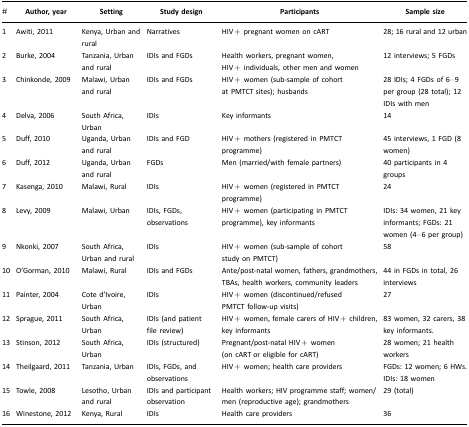
<table><thead><tr><td><b>#</b></td><td><b>Author, year</b></td><td><b>Setting</b></td><td><b>Study design</b></td><td><b>Participants</b></td><td><b>Sample size</b></td></tr></thead><tbody><tr><td>1</td><td>Awiti, 2011</td><td>Kenya, Urban and rural</td><td>Narratives</td><td>HIV+ pregnant women on cART</td><td>28; 16 rural and 12 urban</td></tr><tr><td>2</td><td>Burke, 2004</td><td>Tanzania, Urban and rural</td><td>IDIs and FGDs</td><td>Health workers, pregnant women, HIV+ individuals, other men and women</td><td>12 interviews; 5 FGDs</td></tr><tr><td>3</td><td>Chinkonde, 2009</td><td>Malawi, Urban and rural</td><td>IDIs and FGDs</td><td>HIV+ women (sub-sample of cohort at PMTCT sites); husbands</td><td>28 IDIs; 4 FGDs of 6–9 per group (28 total); 12 IDIs with men</td></tr><tr><td>4</td><td>Delva, 2006</td><td>South Africa, Urban</td><td>IDIs</td><td>Key informants</td><td>14</td></tr><tr><td>5</td><td>Duff, 2010</td><td>Uganda, Urban and rural</td><td>IDIs and FGD</td><td>HIV+ mothers (registered in PMTCT programme)</td><td>45 interviews, 1 FGD (8 women)</td></tr><tr><td>6</td><td>Duff, 2012</td><td>Uganda, Urban and rural</td><td>FGDs</td><td>Men (married/with female partners)</td><td>40 participants in 4 groups</td></tr><tr><td>7</td><td>Kasenga, 2010</td><td>Malawi, Rural</td><td>IDIs</td><td>HIV+ women (registered in PMTCT programme)</td><td>24</td></tr><tr><td>8</td><td>Levy, 2009</td><td>Malawi, Urban</td><td>IDIs, FGDs, observations</td><td>HIV+ women (participating in PMTCT programme), key informants</td><td>IDIs: 34 women, 21 key informants; FGDs: 21 women (4–6 per group)</td></tr><tr><td>9</td><td>Nkonki, 2007</td><td>South Africa, Urban and rural</td><td>IDIs</td><td>HIV+ women (sub-sample of cohort study on PMTCT)</td><td>58</td></tr><tr><td>10</td><td>O&#x27;Gorman, 2010</td><td>Malawi, Rural</td><td>IDIs and FGDs</td><td>Ante/post-natal women, fathers, grandmothers, TBAs, health workers, community leaders</td><td>44 in FGDs in total, 26 interviews</td></tr><tr><td>11</td><td>Painter, 2004</td><td>Cote d&#x27;Ivoire, Urban</td><td>IDIs</td><td>HIV+ women (discontinued/refused PMTCT follow-up visits)</td><td>27</td></tr><tr><td>12</td><td>Sprague, 2011</td><td>South Africa, Urban</td><td>IDIs (and patient file review)</td><td>HIV+ women, female carers of HIV+ children, key informants</td><td>83 women, 32 carers, 38 key informants.</td></tr><tr><td>13</td><td>Stinson, 2012</td><td>South Africa, Urban</td><td>IDIs (structured)</td><td>Pregnant/post-natal HIV+ women (on cART or eligible for cART)</td><td>28 women; 21 health workers</td></tr><tr><td>14</td><td>Theilgaard, 2011</td><td>Tanzania, Urban</td><td>IDIs, FGDs, and observations</td><td>HIV+ women; health care providers</td><td>FGDs: 12 women; 6 HWs. IDIs: 18 women</td></tr><tr><td>15</td><td>Towle, 2008</td><td>Lesotho, Urban and rural</td><td>IDIs and participant observation</td><td>Health workers; HIV programme staff; women/men (reproductive age); grandmothers</td><td>29 (total)</td></tr><tr><td>16</td><td>Winestone, 2012</td><td>Kenya, Rural</td><td>IDIs</td><td>Health care providers</td><td>36</td></tr></tbody></table>